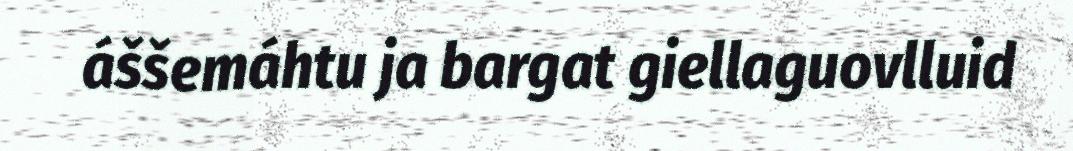
áššemáhtu ja bargat giellaguovlluid